Alphabetical list of drugs, medicines and other preparations free from, and containing, spirit compiled from the results of tests made by the customs houses at Calcutta, Bombay, and Madras
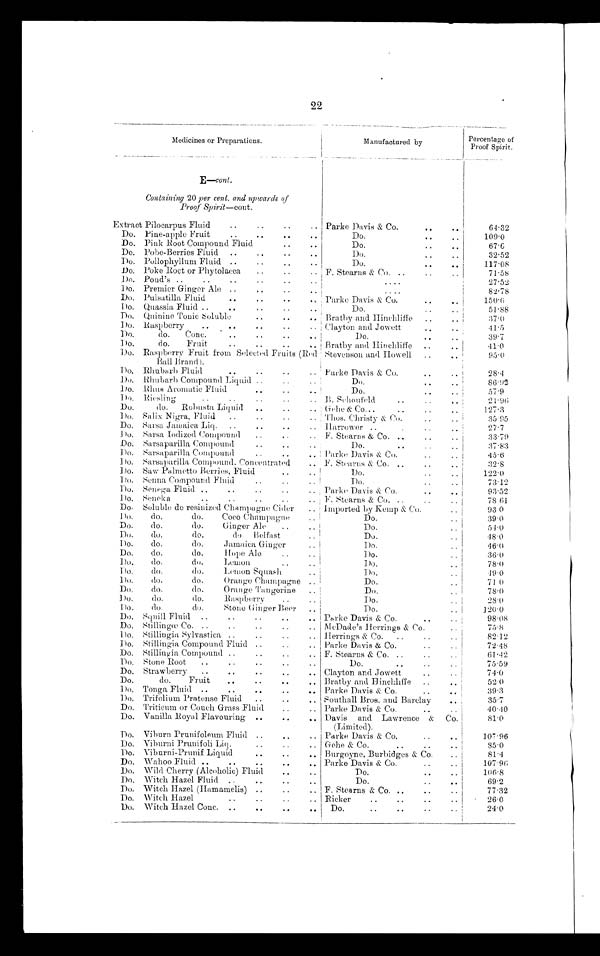
22
Medicines or Preparations.
Manufactured by
Percentage of
Proof Spirit.
E-cont.
Containing 20 per cent. and upwards of
Proof Spirit—cont.
Extract Pilocarpus Fluid
Parke Davis & Co.
64.32
Do. Pine-apple Fruit
Do.
109.0
Do. Pink Root Compound Fluid
Do.
67.6
Do. Pobe-Berries Fluid
Do.
32.52
Do. Pollophyllum. Fluid
Do.
117.08
Do. Poke Roct or Phytolacca
F. Stearns & Co.
71.58
Do. Pond's
27
.
52
Do. Premier Ginger Ale
82.78
Do. Pulsatilla Fluid
Parke Davis & Co.
1 5 0 . 6
Do. Quassia Fluid
Do.
51.88
Do. Quinine Tonic Soluble
Bratby and Hinchliffe
37
.
0
Do. Raspber r y
Clayton and Jowett
41
.
5
Do. do Conc
Do.
39
.
7
Do. do Fruit
Bratby and Hinchliffe
41
.
0
Do. Raspberry Fruit from Selected Fruits (Red
Ball Brand ).
Stevenson and Howell
95.0
Do. Rhubarb Fluid
Parke Davis & Co.
28
.
4
Do. Rhubarb Compound Liquid
Do.
86
.
92
Do. Rhus Aromatic Fluid
Do.
57
.
9
Do. Riesling
B. Sehoufeld
21
.
96
Do. do Robusta Liquid
Gehe & Co.
127
.
3
Do. Salix Nigra, Fluid
Thos. Christy & Co.
35.5
Do. Sarsa Jamaica Liq.
Harrower
27
.
7
Do. Sarsa Iodized Compound F. Stearns & Co.
33.79
Do. Sarsaparilla Compound
Do.
37
.
83
Do. Sarsaparilla Compound
Parke Davis & Co.
45
.
6
Do. Sarsaparilla Compound, Concentrated
F. Stearns & Co.
32
.
8
Do. Saw Palmetto Berries, Fluid
Do.
122
.
0
Do. Senna Compound Fluid
Do.
73.12
Do. Senega Fluid
Parke Davis & Co.
93
.
52
Do. Seneka
F. Stearns & Co.
78
.
61
Do. Soluble de resinized Champagne Cider
Imported by Kemp & Co.
93.0
Do. do. do. Coco Champagne
Do.
39
.
0
Do. do. do.
Ginger Ale
Do.
51
.
0
Do. do. do. do Belfast
Do.
48
.
0
Do. do. do.
amaica Ginger
Do.
46.0
Do. do. do. Hope Ale
Do.
36
.
0
Do. do. do. Lemon
D o .
78
.
0
Do. do. do. Lemon Squash
Do.
49
.
0
Do. do. do.
Orange Champagne
Do.
71
.
0
Do. do. do. Orange Tangerine
Do.
78
.
0
Do. do. do. Raspberry
Do.
28.0
Do. do. do. Stone Ginger Beer
Do.
120
.
0
Do. Squill Fluid
Parke Davis & Co.
98.08
Do. Stillingœ Co.
McDade's Herrings & Co.
75
.
8
Do. Stillingia Sylvastica
Herrings & Co.
82
.
12
Do. Stillingia Compound Fluid
Parke Davis & Co.
72
.
48
Do. Stillingia Compound
F. Stearns & Co.
61
.
42
Do. Stone Root
Do.
75
.
59
Do. Strawberry
Clayton and Jowett
74
.
0
Do.
do. Fruit
Bratby and Hinchhffe
52
.
0
Do. Tonga Fluid
Parke Davis & Co.
39
.
3
Do. Trifolium Pratense Fluid
Southall Bros. and Barclay
35.7
Do. Triticum or Couch Grass Fluid
Parke Davis & Co.
40.4 0
Do. Vanilla Royal Flavouring
Davis and Lawrence & Co.
(Limited).
81.0
Do. Viburn Prunifoleum Fluid
Parke Davis & Co.
107
.
96
D o .
Vihurni Prunifoli Liq. Gehe & Co.
85.0
Do. Viburni-Prunif Liquid
Burgoyne, Burbidges & Co.
81
.
4
Do. Wahoo Fluid
Parke Davis & Co.
107
.
96
Do. Wild Cherry (Alcoholic) Fluid
Do.
106
.
8
Do. Witch Hazel Fluid
Do.
69.2
Do. Witch Hazel (Hamamelis)
F. Stearns & Co.
77
.
32
Do. Witch Hazel
Ricker
26
.
0
Do. Witch Hazel Conc.
Do.
24
.
0